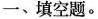
一、填空题。